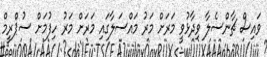
ވައިސް ޗާންސެލާ ވިދާޅުވީ މަރަށް މަރު މައްސަލާގައި މަރަށް މަރު ހިފުމަށް ސުޕްރީމް